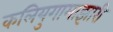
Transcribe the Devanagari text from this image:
कलियुगामाझारी